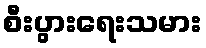
စီးပွားရေးသမား